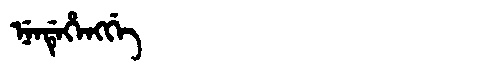
Manchu: ᠨᡝᠨᡩᡝᡥᡝᠩᡤᡝ
Romanization: NENDEHENGGE